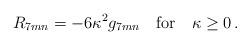
LaTeX: \begin{align*}R_{7mn}=-6\kappa ^{2}g_{7mn}\quad \textrm{for}\quad \kappa \ge 0\, .\end{align*}